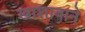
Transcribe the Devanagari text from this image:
खाशाबाने